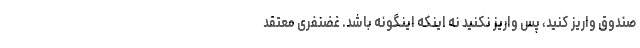
صندوق واریز کنید، پس واریز نکنید نه اینکه اینگونه باشد. غضنفری معتقد